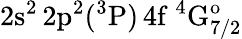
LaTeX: \mathrm{2s^{2}\, 2p^{2}(^{3}P)\, 4f~^{4}G_{7/2}^{o}}